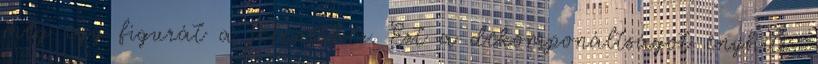
még egy figurát a jelenethez. Ezt a dekomponáltságot enyhíti,